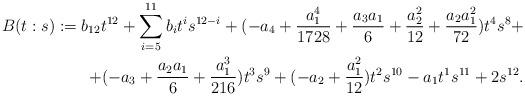
LaTeX: \begin{align*}B(t:s):=b_{12}t^{12}+\sum_{i=5}^{11}b_it^is^{12-i}+(-a_4+\frac{a_1^4}{1728}+\frac{a_3a_1}{6}+\frac{a_2^2}{12}+\frac{a_2a_1^2}{72})t^4s^8+ \\ + (-a_3+\frac{a_2a_1}{6}+\frac{a_1^3}{216})t^3s^9+(-a_2+\frac{a_1^2}{12})t^2s^{10}-a_1t^1s^{11}+2s^{12}.\end{align*}